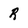
Character: R